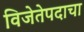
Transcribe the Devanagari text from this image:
विजेतेपदाचा